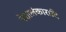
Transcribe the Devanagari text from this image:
वेशालंकारादि